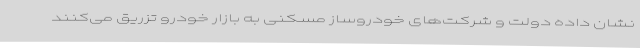
نشان داده دولت و شرکت‌های خودروساز مسکنی به بازار خودرو تزریق می‌کنند